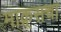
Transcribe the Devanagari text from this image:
माक्र्सचा